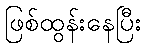
ဖြစ်ထွန်းနေပြီး